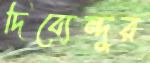
দিব্যেন্দুর